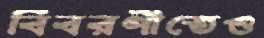
বিবরণীতেও